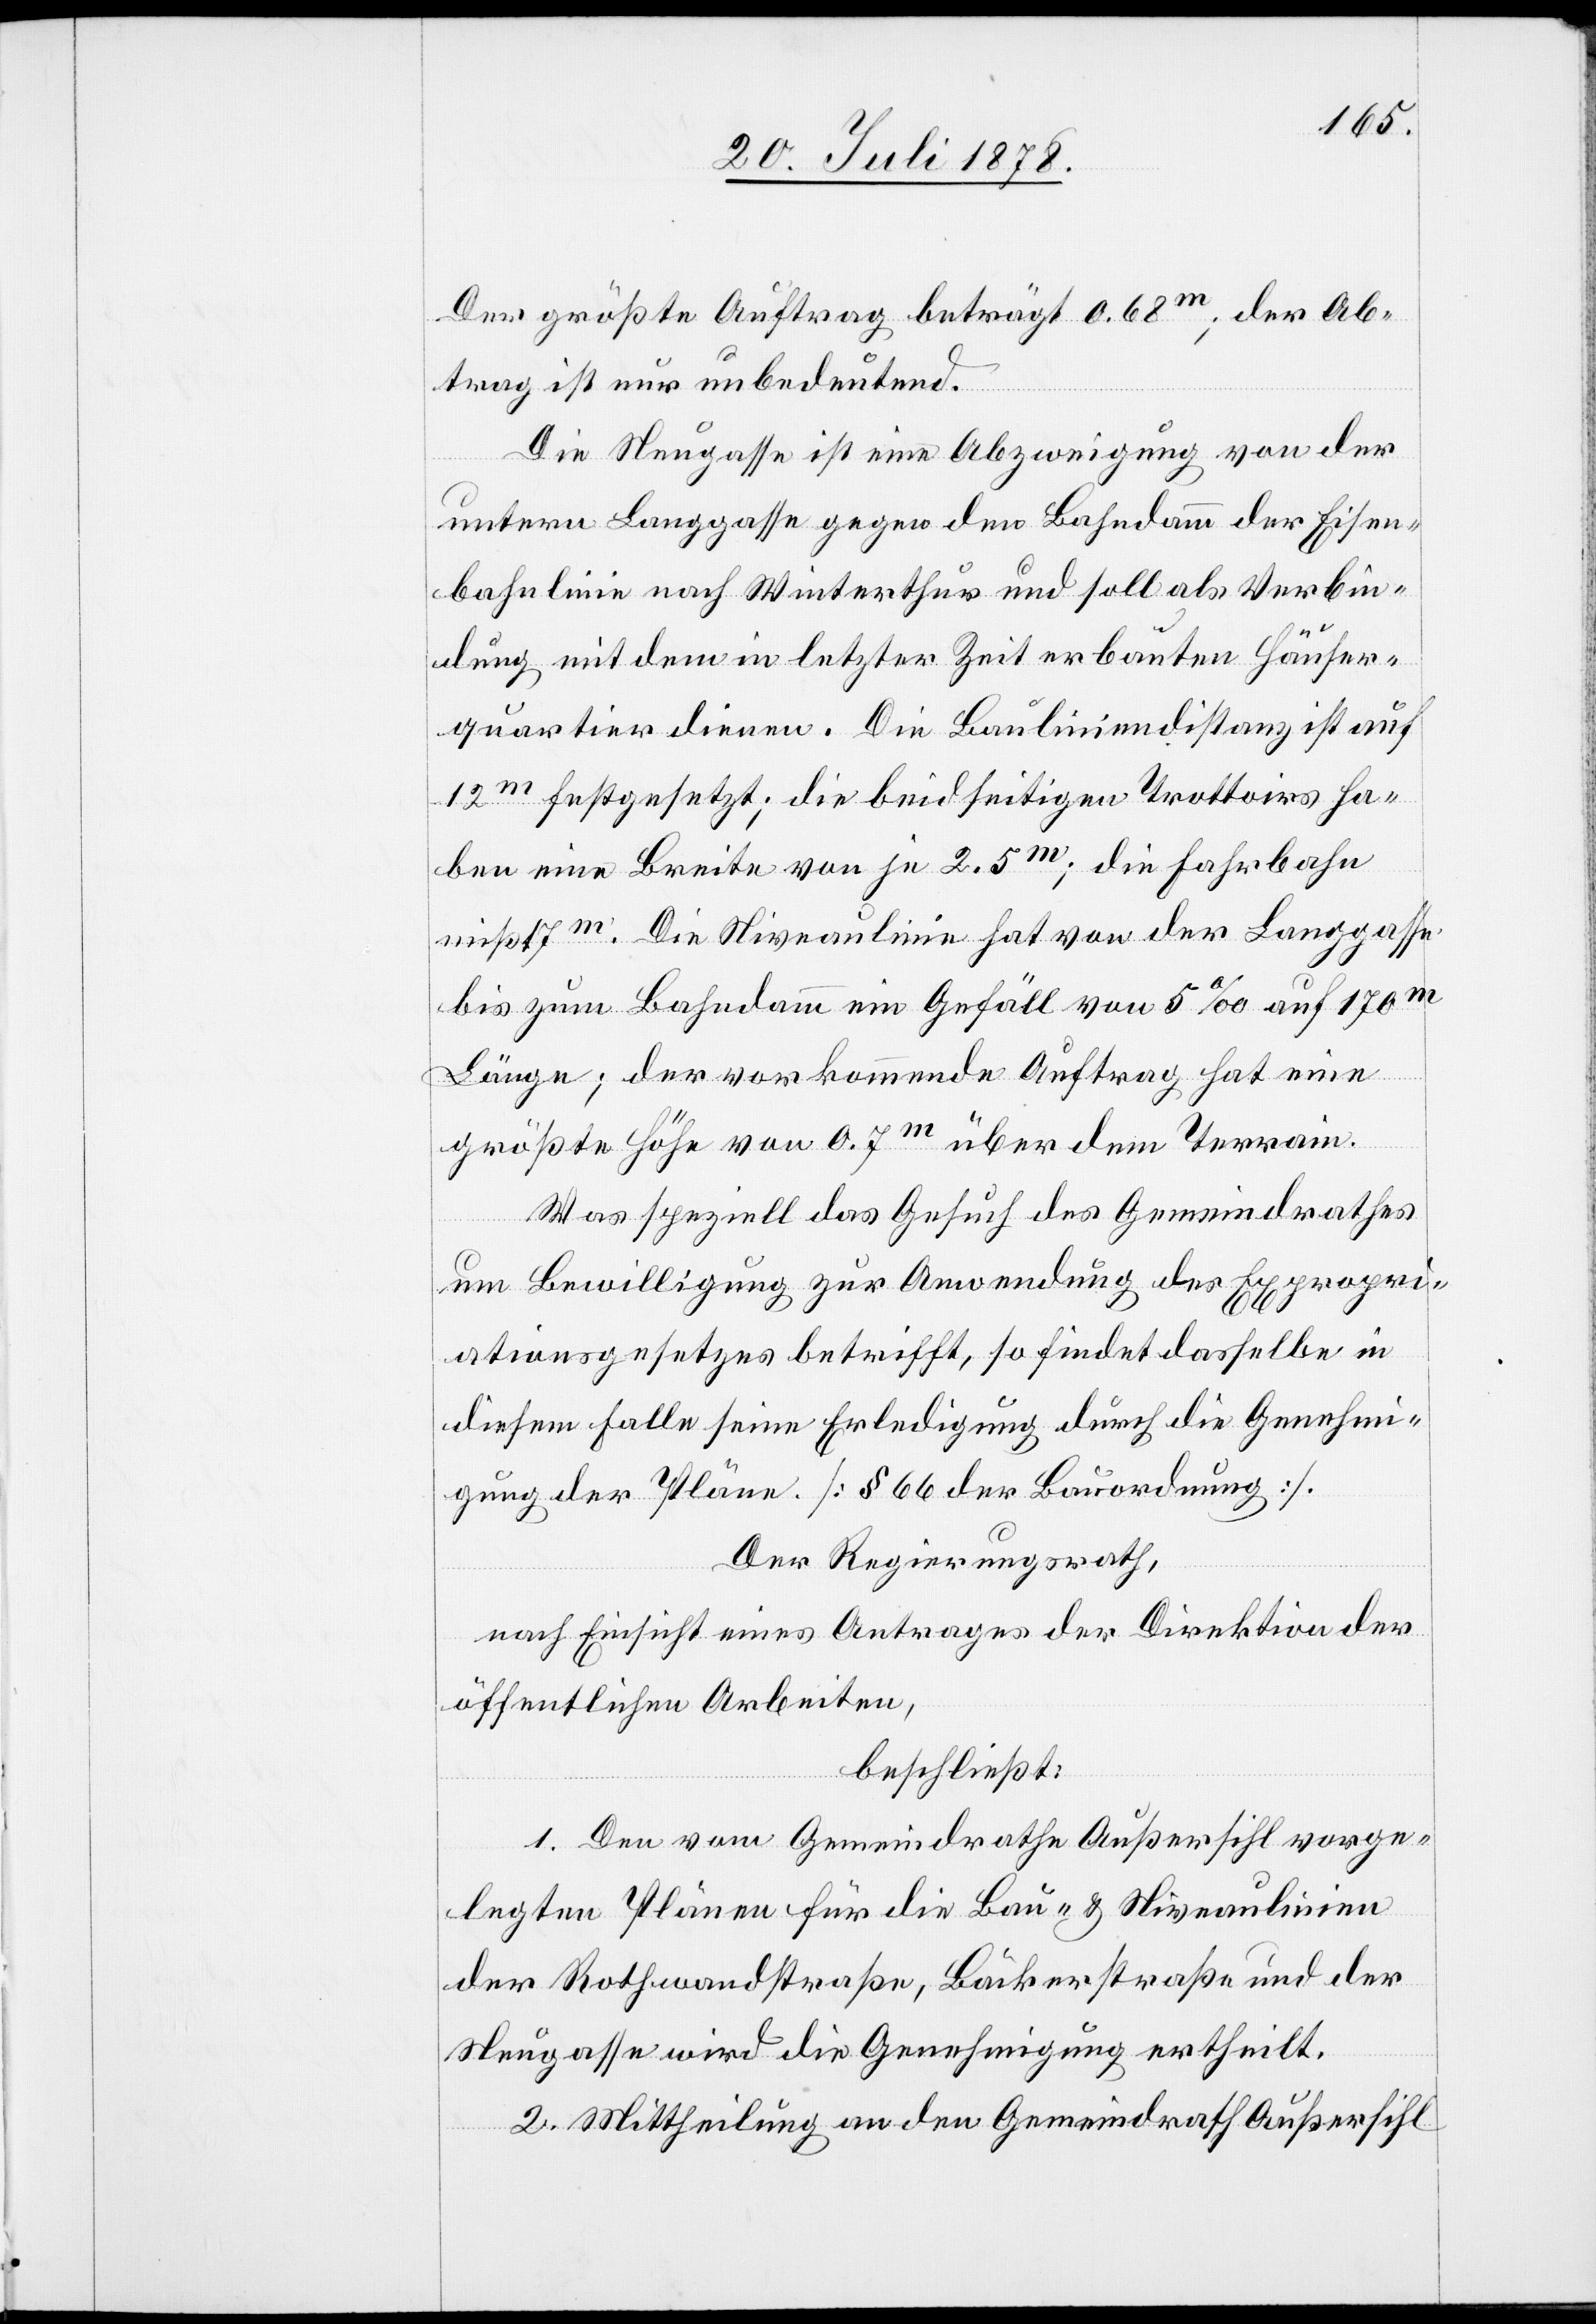
Der größte Auftrag beträgt 0.68m; der Ab¬
trag ist nur unbedeutend.
Die Neugasse ist eine Abzweigung von der
untern Langgasse gegen den Bahndamm der Eisen¬
bahnlinie nach Winterthur und soll als Verbin¬
dung mit dem in letzter Zeit erbauten Häuser¬
quartier dienen. Die Bauliniendistanz ist auf
12m festgesetzt; die beidseitigen Trottoirs ha¬
ben eine Breite von je 2.5m; die Fahrbahn
mißt 7m. Die Niveaulinie hat von der Langgasse
bis zum Bahndamm ein Gefäll von 5‰ auf 170m
Länge; der vorkommende Auftrag hat eine
größte Höhe von 0.7m über dem Terrain.
Was speziell das Gesuch des Gemeindrathes
um Bewilligung zur Anwendung des Expropri¬
ationsgesetzes betrifft, so findet dasselbe in
diesem Falle seine Erledigung durch die Genehmi¬
gung der Pläne [§ 66 der Bauordnung].
Der Regierungsrath,
nach Einsicht eines Antrages der Direktion der
öffentlichen Arbeiten,
beschließt:
1. Den vom Gemeindrathe Außersihl vorge¬
legten Plänen für die Bau- & Niveaulinien
der Rothwandstraße, Bäckerstraße und der
Neugasse wird die Genehmigung ertheilt.
2. Mittheilung an den Gemeindrath Außersihl